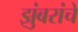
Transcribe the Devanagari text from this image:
झुंबरांचे